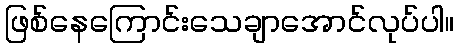
ဖြစ်နေကြောင်းသေချာအောင်လုပ်ပါ။